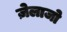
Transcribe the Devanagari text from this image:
ज़ेलाजो